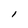
Character: l